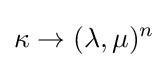
\displaystyle \kappa \rightarrow (\lambda ,\mu )^{n}